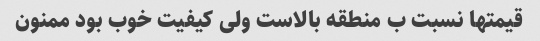
قیمتها نسبت ب منطقه بالاست ولی کیفیت خوب بود ممنون